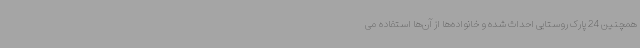
همچنین 24 پارک روستایی احداث شده و خانواده‌ها از آن‌ها استفاده می